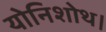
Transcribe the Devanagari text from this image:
योनिशोथ।